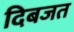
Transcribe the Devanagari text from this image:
दिबजत